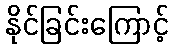
နိုင်ခြင်းကြောင့်